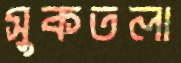
সুকতলা